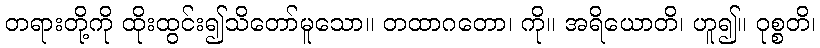
တရားတို့ကို ထိုးထွင်း၍သိတော်မူသော။ တထာဂတော၊ ကို။ အရိယောတိ၊ ဟူ၍။ ဝုစ္စတိ၊